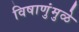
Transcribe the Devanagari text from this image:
विषाणुंमुळे